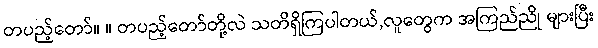
တပည့်တော်။ ။ တပည့်တော်တို့လဲ သတိရှိကြပါတယ်,လူတွေက အကြည်ညို များပြီး